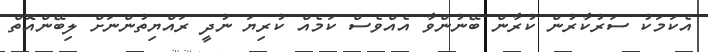
އެކަމަކު ސަރުކާރުން ކުރާން ބޭނުންވާ އެއްވެސް ކަމެއް ކުރިޔަ ނުދީ ރައްޔިތުންނަށް ލިބޭންއޮތް